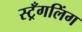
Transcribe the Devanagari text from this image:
स्ट्रँगलिंग